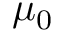
\mu _ { 0 }